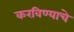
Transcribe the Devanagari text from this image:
करविण्याचे